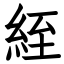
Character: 絰